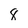
Character: 8